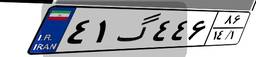
۴۱گ۴۴۶۸۶